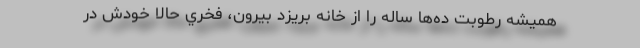
هميشه رطوبت ده‌ها ساله را از خانه بريزد بيرون، فخري حالا خودش در